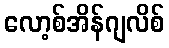
လော့စ်အိန်ဂျလိစ်